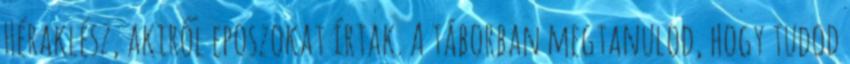
Héraklész, akiről eposzokat írtak. A táborban megtanulod, hogy tudod